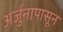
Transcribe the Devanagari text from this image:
अर्जुनापासून